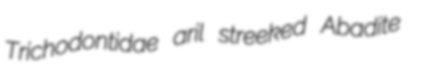
Trichodontidae aril streeked Abadite